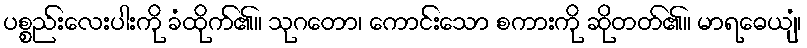
ပစ္စည်းလေးပါးကို ခံထိုက်၏။ သုဂတော၊ ကောင်းသော စကားကို ဆိုတတ်၏။ မာရဓေယျံ၊